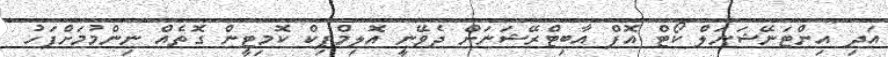
އަދި އިންޓަނޭޝަނަލް ކޯޓް އޮފް އާބިޓްރޭޝަނަށް ދެވޭނީ އޮލިމްޕިކް ކޮމިޓީން ގޮތެއް ނިންމުމަށްފަހު